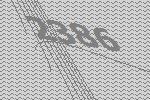
2386